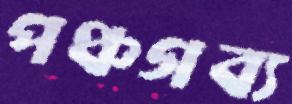
পঞ্চগব্য